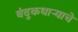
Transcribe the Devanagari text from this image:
बंदुकधाऱ्याचे